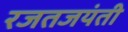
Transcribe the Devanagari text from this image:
रजतजयंती